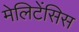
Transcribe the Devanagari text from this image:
मेलिटेंसिस